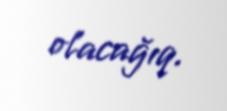
olacağıq.